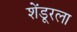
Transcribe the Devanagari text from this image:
शेंडूरला